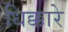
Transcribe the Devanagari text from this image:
धिक्कारे